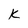
Character: K